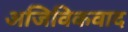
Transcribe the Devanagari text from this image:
अजिविकवाद